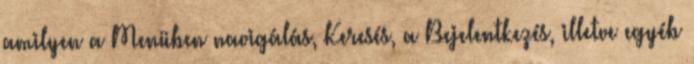
amilyen a Menüben navigálás, Keresés, a Bejelentkezés, illetve egyéb